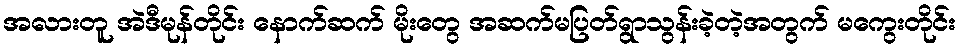
အလားတူ အဲဒီမုန်တိုင်း နောက်ဆက် မိုးတွေ အဆက်မပြတ်ရွာသွန်းခဲ့တဲ့အတွက် မကွေးတိုင်း